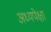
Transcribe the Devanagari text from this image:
अध्यपेक्षा